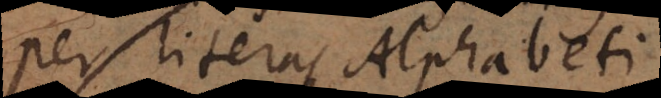
per literas Alphabeti